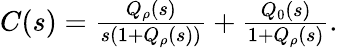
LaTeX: \begin{array}{r}{C(s)=\frac{Q_{\rho}(s)}{s(1+Q_{\rho}(s))}+\frac{Q_{0}(s)}{1+Q_{\rho}(s)}.}\end{array}